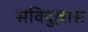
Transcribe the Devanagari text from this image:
संविदुल्लास